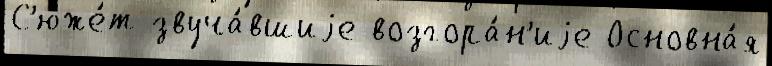
С'юже́т звуча́вшиjе возгора́н'иjе Основна́я